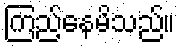
ကြည့်နေမိသည်။